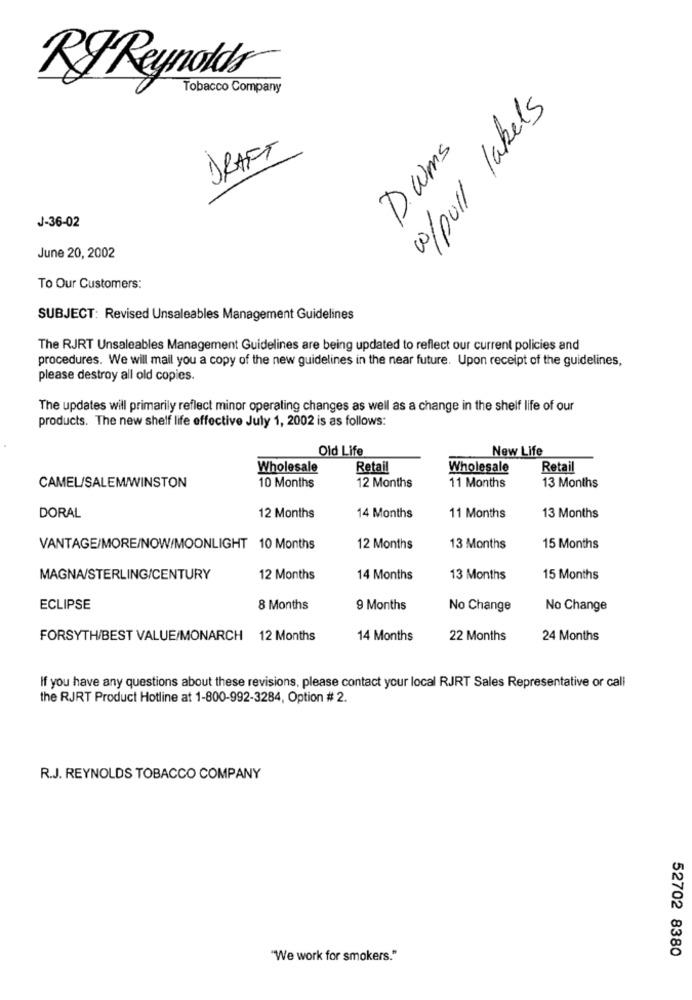
RyReynolds
Tobacco Company
topull labels
Dams
DRAFT
J-36-02
June 20, 2002
To Our Customers:
SUBJECT: Revised Unsaleables Management Guidelines
The RJRT Unsaleables Management Guidelines are being updated to reflect our current policies and
procedures. We will mail you a copy of the new guidelines in the near future. Upon receipt of the guidelines,
please destroy all old copies.
The updates will primarily reflect minor operating changes as well as a change in the shelf life of our
products. The new shelf life effective July 1, 2002 is as follows:
Old Life
New Life
Wholesale
Retail
Wholesale
Retail
12 Months
CAMEL/SALEM/WINSTON
10 Months
11 Months
13 Months
DORAL
12 Months
14 Months
11 Months
13 Months
VANTAGE/MORE/NOW/MOONLIGHT 10 Months
12 Months
13 Months
15 Months
MAGNA/STERLING/CENTURY
12 Months
14 Months
13 Months
15 Months
ECLIPSE
8 Months
9 Months
No Change
No Change
FORSYTH/BEST VALUE/MONARCH 12 Months
14 Months
22 Months
24 Months
If you have any questions about these revisions, please contact your local RJRT Sales Representative or call
the RJRT Product Hotline at 1-800-992-3284, Option # 2.
R.J. REYNOLDS TOBACCO COMPANY
"We work for smokers."
52702 8380